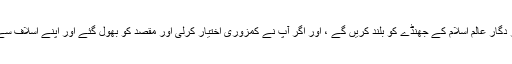
اب ملت اسلامیہ کی کشتی آپ لوگوں کے حوالے ہے، آپ اگر اسلاف کے راستے پر چلیں گے تو پرور دگار عالم اسلام کے جھنڈے کو بلند کریں گے ، اور اگر آپ نے کمزوری اختیار کرلی اور مقصد کو بھول گئے اور اپنے اسلاف سے سبق حاصل کرکے اپنے لیے راہ عمل متعین نہیں کی تو آنے والی نسل آپ کو معاف نہیں کرے گی ۔